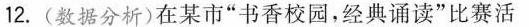
12.(数据分析)在某市”书香校园，经典诵读”比赛活